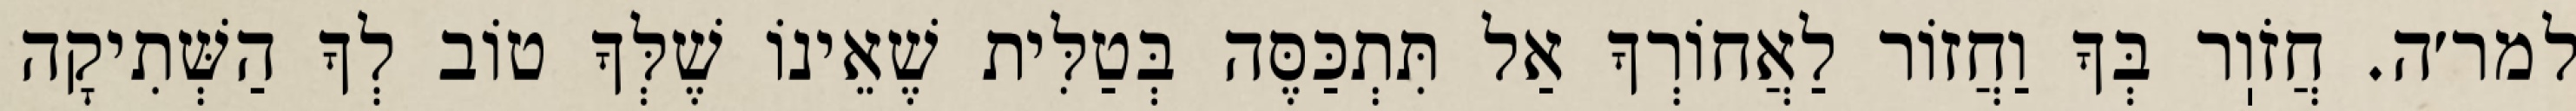
למר׳ה. חֲזֹוֽר בְּךָ וַחֲזוֹר לַאֲחוֹרְךָ אַל תִּתְכַּסֶּה בְּטַלִּית שֶׁאֵינוֹ שֶׁלְּךָ טוֹב לְךָ הַשְּׁתִיקָה